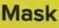
Mask